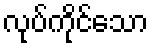
လုပ်ကိုင်သော